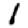
Digit: 1